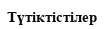
Түтіктістілер